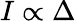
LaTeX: I\propto\Delta